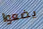
يضعوا